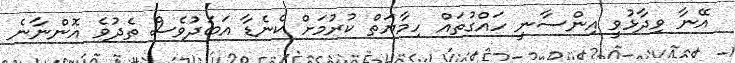
އޭނާ ވިދާޅުވީ އިންސާނީ ހައްގުތައް ހިމާޔަތް ކުރުމަށް ކެނެޑާ އަބަދުވެސް ތެދުވެ އޮންނާނެ